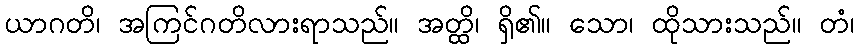
ယာဂတိ၊ အကြင်ဂတိလားရာသည်။ အတ္ထိ၊ ရှိ၏။ သော၊ ထိုသားသည်။ တံ၊